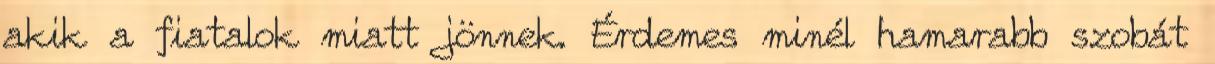
akik a fiatalok miatt jönnek. Érdemes minél hamarabb szobát